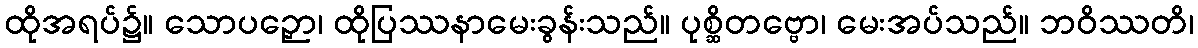
ထိုအရပ်၌။ သောပဉှော၊ ထိုပြဿနာမေးခွန်းသည်။ ပုစ္ဆိတဗ္ဗော၊ မေးအပ်သည်။ ဘဝိဿတိ၊